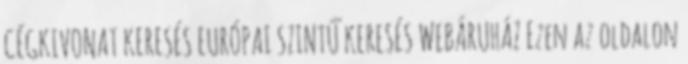
CÉGKIVONAT KERESÉS EURÓPAI SZINTŰ KERESÉS WEBÁRUHÁZ Ezen az oldalon